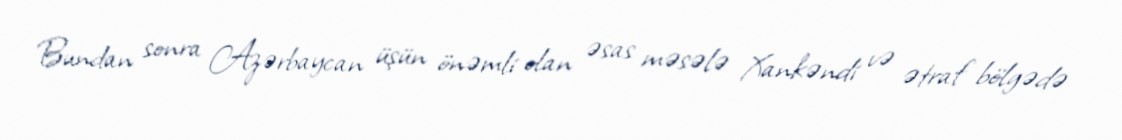
Bundan sonra Azərbaycan üşün önəmli olan əsas məsələ Xankəndi və ətraf bölgədə